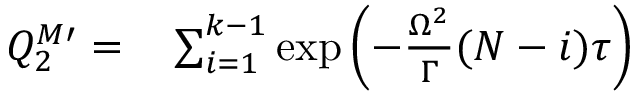
\begin{array} { r l } { Q _ { 2 } ^ { M \prime } = } & { { } \sum _ { i = 1 } ^ { k - 1 } \exp \left( - \frac { \Omega ^ { 2 } } { \Gamma } ( N - i ) \tau \right) } \end{array}